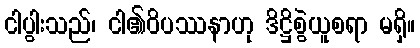
ငါပွါးသည်၊ ငါ၏ဝိပဿနာဟု ဒိဋ္ဌိစွဲယူစရာ မရှိ။